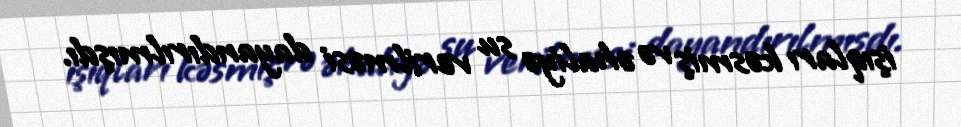
işıqları kəsmiş və əhaliyə su verilməsi dayandırılmışdı.